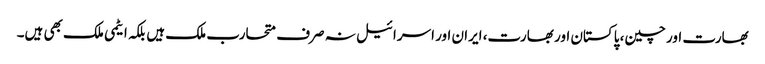
بھارت اور چین، پاکستان اور بھارت، ایران اور اسرائیل نہ صرف متحارب ملک ہیں بلکہ ایٹمی ملک بھی ہیں۔